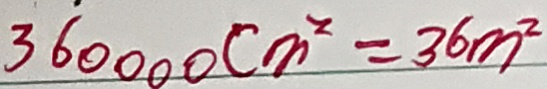
3 6 0 0 0 0 c m ^ { 2 } = 3 6 m ^ { 2 }